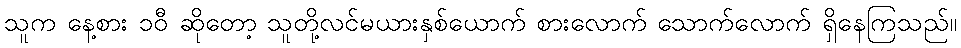
သူက နေ့စား ၁၀ီ ဆိုတော့ သူတို့လင်မယားနှစ်ယောက် စားလောက် သောက်လောက် ရှိနေကြသည်။